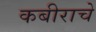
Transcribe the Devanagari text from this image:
कबीराचे